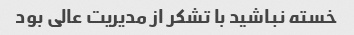
خسته نباشید با تشکر از مدیریت عالی بود